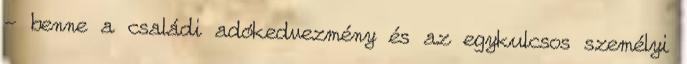
- benne a családi adókedvezmény és az egykulcsos személyi